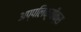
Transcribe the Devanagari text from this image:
अप्पलिक़्यीक्स